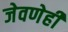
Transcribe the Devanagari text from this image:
जेवणेही